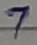
Text: 7